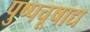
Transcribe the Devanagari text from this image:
पुष्पचूषाद्य